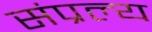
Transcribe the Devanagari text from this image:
संप्रल्य